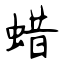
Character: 蜡